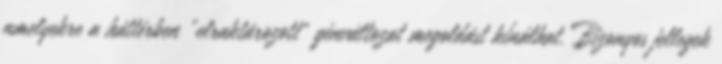
amelyekre a háttérben „elraktározott” génváltozat megoldást kínálhat. Bizonyos jellegek